Elephants and their diseases
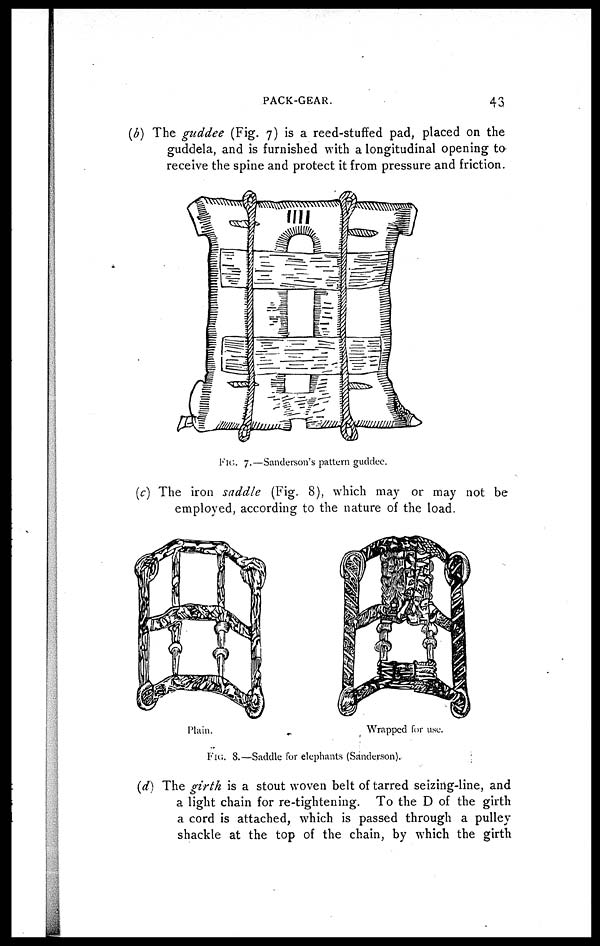
PACK-GEAR.
43
(b) The guddee (Fig. 7) is a reed-stuffed pad, placed on the
guddela, and is furnished with a longitudinal opening to
receive the spine and protect it from pressure and friction.
(c) The iron saddle (Fig. 8), which may or may not be
employed, according to the nature of the load.
(d) The girth is a stout woven belt of tarred seizing-line, and
a light chain for re-tightening. To the D of the girth
a cord is attached, which is passed through a pulley
shackle at the top of the chain, by which the girth
FIG. 7.—Sanderson's pattern guddee.
Plain.
Wrapped for use.
FIG. 8.—Saddle for elephants (Sanderson).